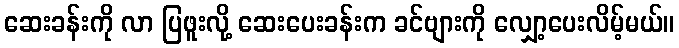
ဆေးခန်းကို လာ ပြဖူးလို့ ဆေးပေးခန်းက ခင်ဗျားကို လျှော့ပေးလိမ့်မယ်။